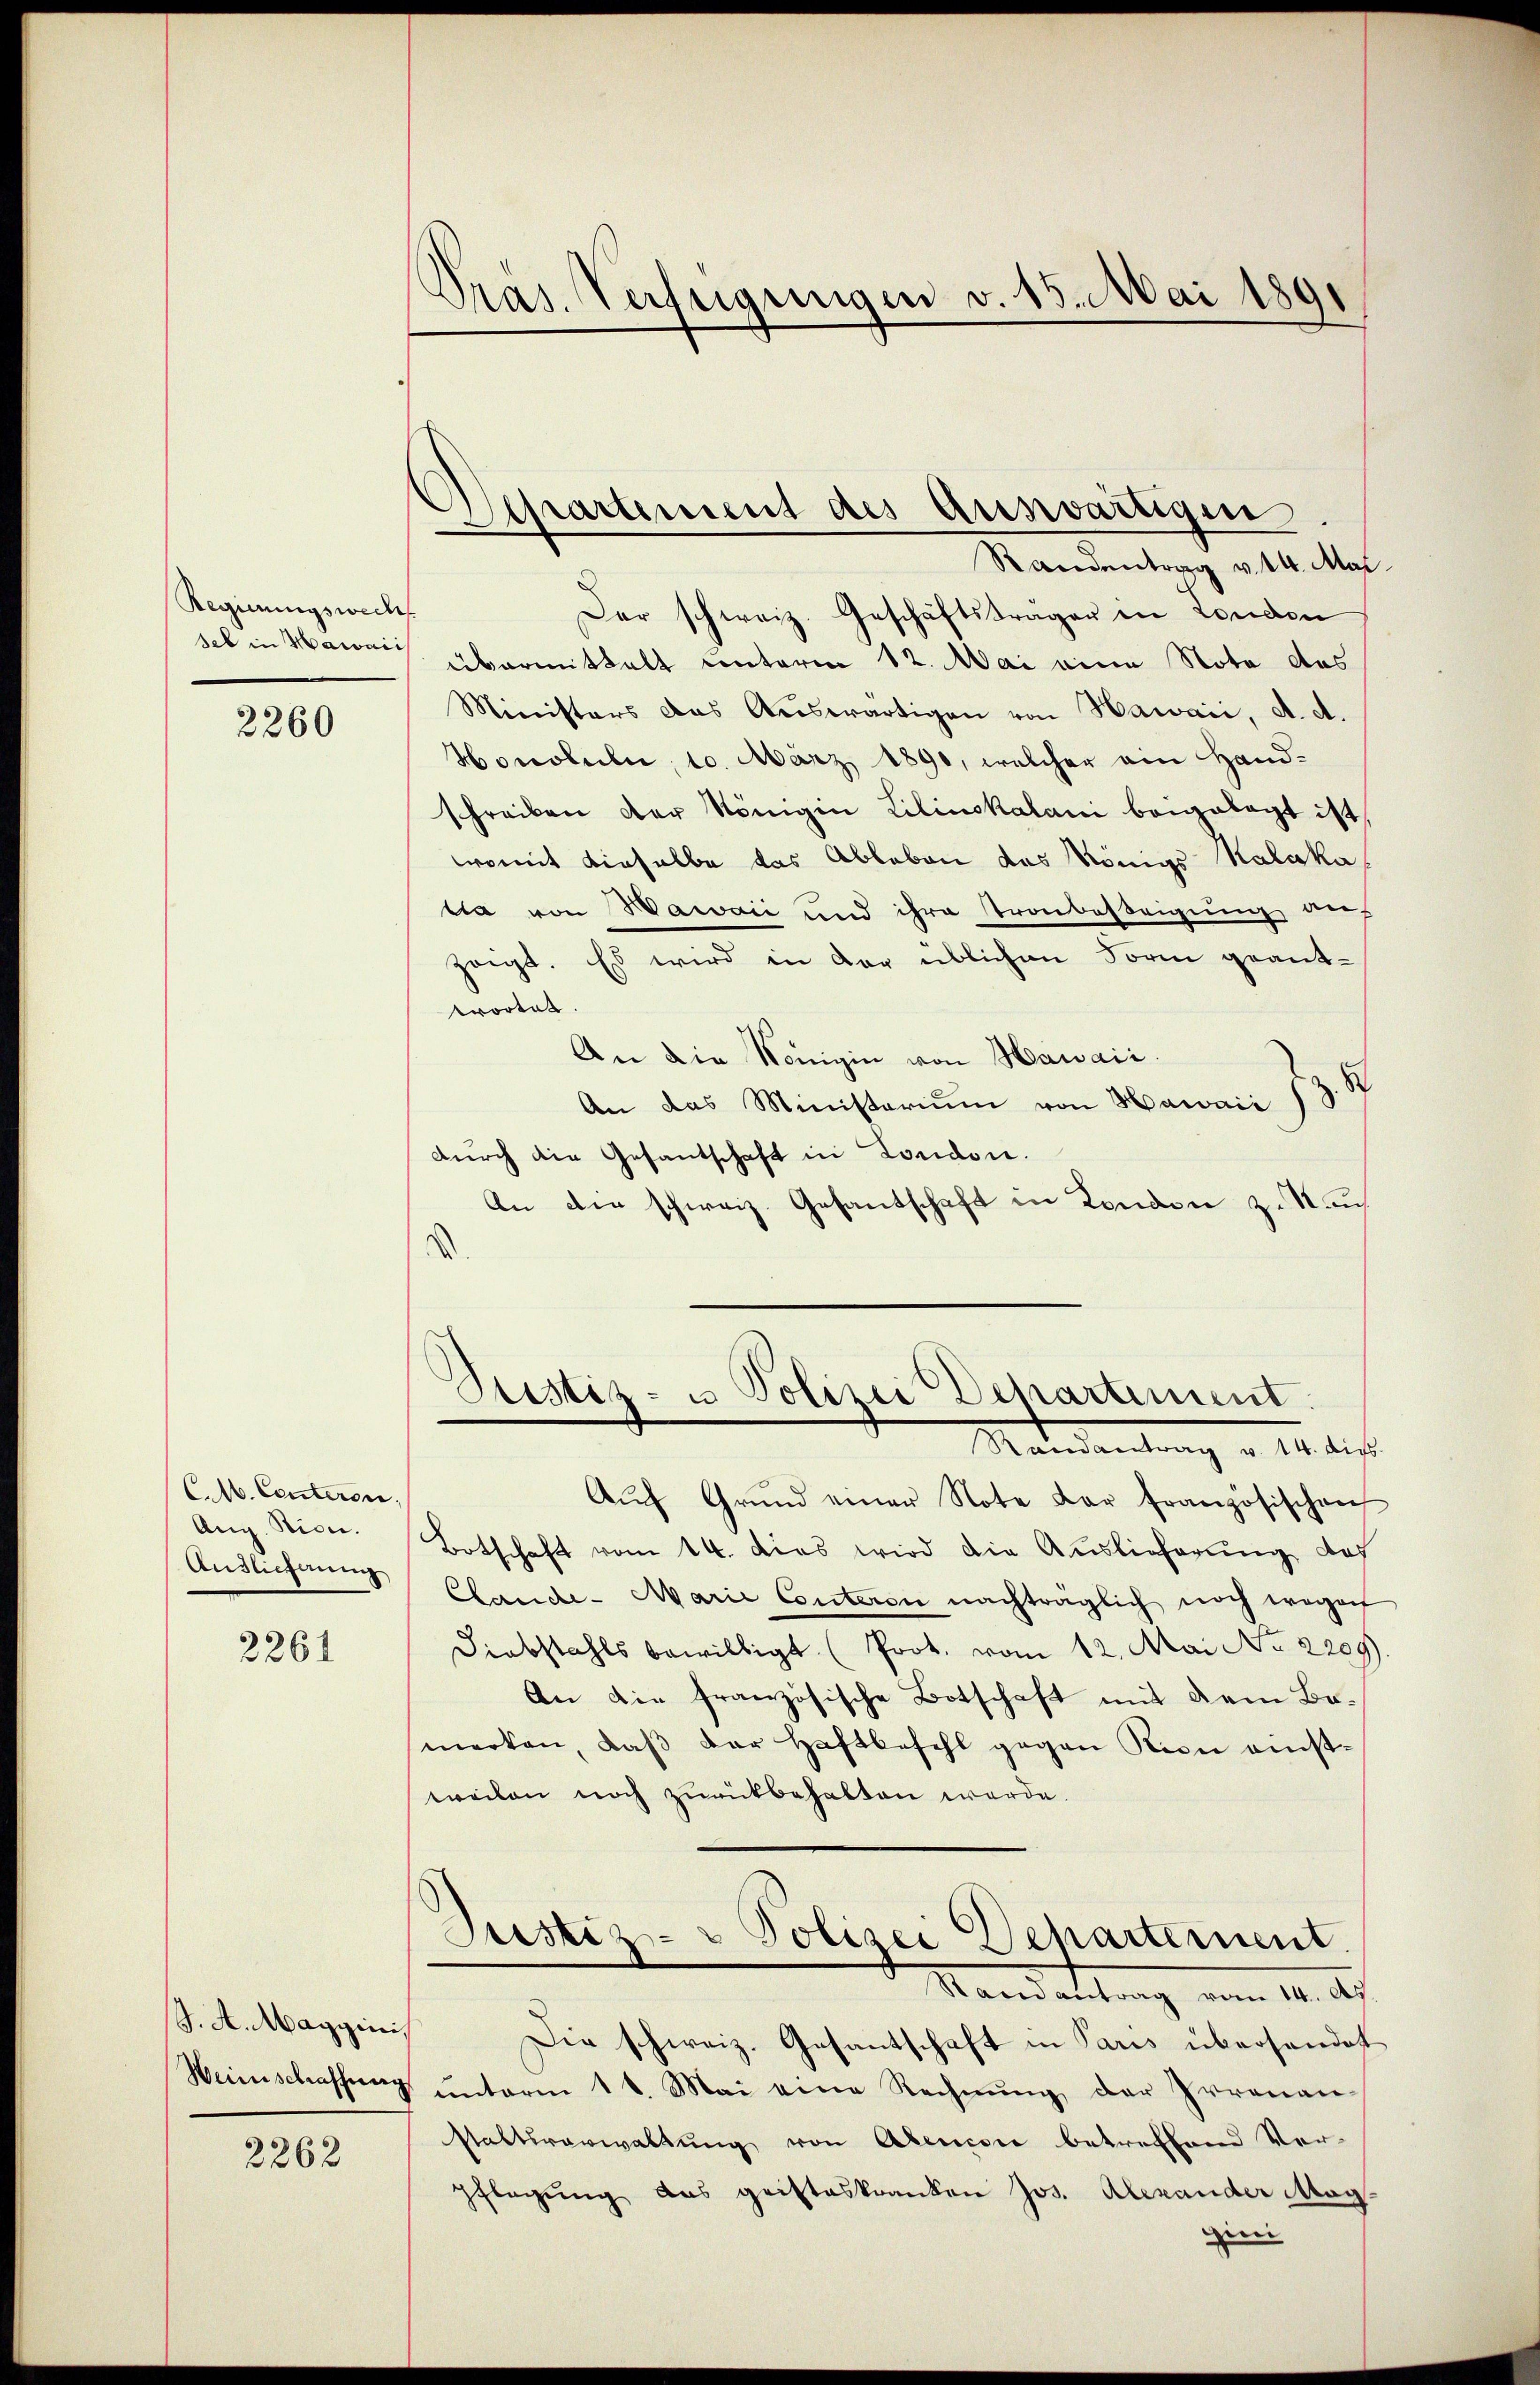
Regierungswech
sel in Wawaii

2260

C.M. Centeren,
Aug. Stice.
Auslicherung

2261

J. A. Maygini,
Weinschaffung

2262

Pras. Verfügungen v. 15. Mai 1891

Separtement des Auswärtigen
Randentrag v. 14. Mai

Der schweiz. Geschäftsträgen in London
übermittalt unterm 12. Mai eine Nota das
Ministers das Auswärtigen von Hawaii, A. A.
Honotuln, 10. März 1890, welcher am Handschreiben der Königin Lilinskalani bangelegt ist,
womit dieselbe das Ableben das Königs Kalaka-
tla von Waraić und ihre Tronbesteigung auf
zeigt. Es wird in der üblichen Form geantwortet.
An die Königin von Hawaii.
An das Ministerium von Hawaii 18
durch die Gesandschaft in London.
An die schweiz. Gesandschaft in London zu Nau

Ptistiz- u Polizei Departement.

Justiz- & Polizei Departement.
Randantrag vom 14. ds.

Die schweiz. Gesantschaft in Paris übersendet
unterm 11. Mai eine Rechnung der Irrenan-
staltsverwaltung von Abencore betreffend Ver-
pflegung das geisteskranken Jos. Alexander Mag.
irei

Mandantrag v. 14. ds.
Aŭf Grŭnd einer Note dar französischen
Botschaft vom 14. dies wird die Auslieferung, das
Clande- Marie Conteren nachträglich noch wegen
Diebstahls bewilligt (Prot. vom 12. Mai No 2209).
An die französische Botschaft mit dem Bemerken, daß der Haftbefehl gegen Rion einstweilen noch zurückbehalten werde.